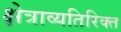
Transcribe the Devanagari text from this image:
क्षेत्राव्यतिरिक्त